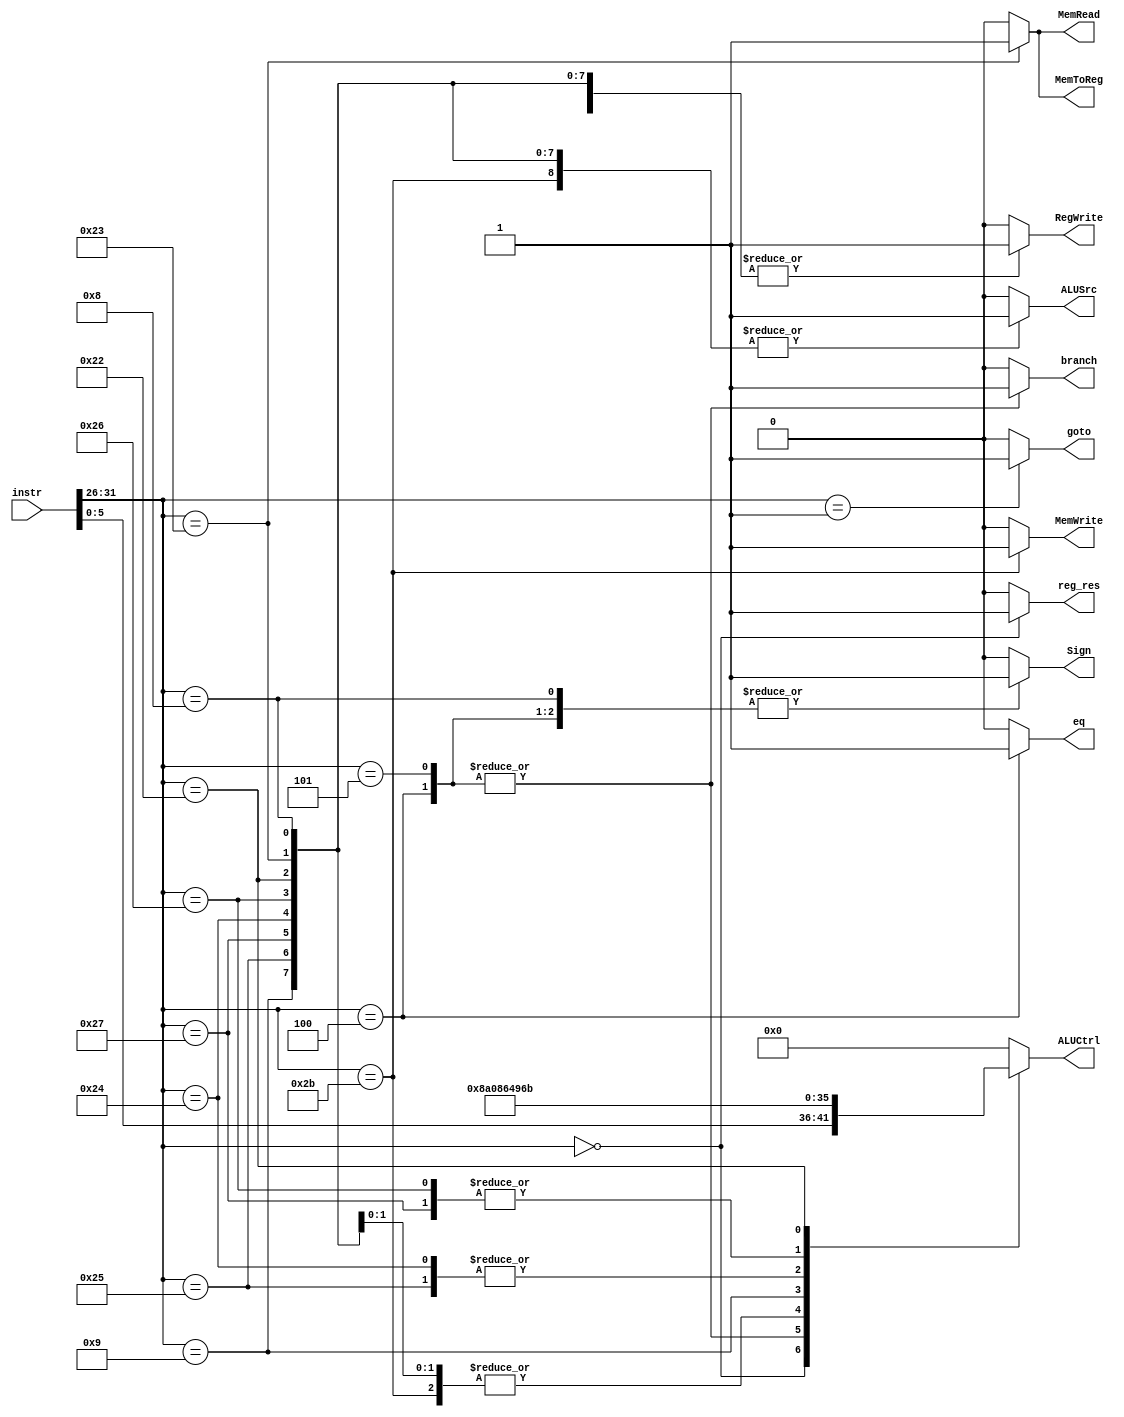
`timescale 1ns/1ns
module mips_states (instr, reg_res, ALUSrc, MemToReg, RegWrite, MemWrite, MemRead, branch, eq, goto, Sign, ALUCtrl);

input [31:0] instr;
output reg reg_res, ALUSrc, MemToReg, RegWrite, MemWrite, MemRead, branch, eq, goto, Sign;
output reg [5:0] ALUCtrl;

always @(instr) 
case (instr[31:26])
  6'b000000: // R-type
  begin
    reg_res <= 1;
    ALUSrc <= 0;
    MemToReg <= 0;
    RegWrite <= 1;
    MemRead <= 0;
    MemWrite <= 0;
    branch <= 0;
    eq <= 0;
    ALUCtrl <= instr[5:0];
    goto <= 0;
    Sign <= 0;
  end
  6'b100011:  // lw
  begin
    reg_res <= 0;
    ALUSrc <= 1;
    MemToReg <= 1;
    RegWrite <= 1;
    MemRead <= 1;
    MemWrite <= 0;
    branch <= 0;
    eq <= 0;
    ALUCtrl <= 6'b100000;
    goto <= 0;
    Sign <= 0;
  end
  6'b101011: // sw
  begin
    reg_res <= 0;
    ALUSrc <= 1;
    MemToReg <= 0;
    RegWrite <= 0;
    MemRead <= 0;
    MemWrite <= 1;
    branch <= 0;
    eq <= 0;
    ALUCtrl <= 6'b100000;
    goto <= 0;
    Sign <= 0;
  end
  6'b000100: //beq
  begin
    reg_res <= 0;
    ALUSrc <= 0;
    MemToReg <= 0;
    RegWrite <= 0;
    MemRead <= 0;
    MemWrite <= 0;
    branch <= 1;
    eq <= 1;
    ALUCtrl <= 6'b100010;
    goto <= 0;
    Sign <= 1;
  end
  6'b000101: //bne
  begin
    reg_res <= 0;
    ALUSrc <= 0;
    MemToReg <= 0;
    RegWrite <= 0;
    MemRead <= 0;
    MemWrite <= 0;
    branch <= 1;
    eq <= 0;
    ALUCtrl <= 6'b100010;
    goto <= 0;
    Sign <= 1;
  end
  6'b001000: //addi
  begin
    reg_res <= 0;
    ALUSrc <= 1;
    MemToReg <= 0;
    RegWrite <= 1;
    MemRead <= 0;
    MemWrite <= 0;
    branch <= 0;
    eq <= 0;
    ALUCtrl <= 6'b100000;
    goto <= 0;
    Sign <= 1;
  end
  6'b001001: //OP_ADDIU = 6'b001001;
  begin
    reg_res <= 0;
    ALUSrc <= 1;
    MemToReg <= 0;
    RegWrite <= 1;
    MemRead <= 0;
    MemWrite <= 0;
    branch <= 0;
    eq <= 0;
    ALUCtrl <= 6'b100001;
    goto <= 0;
    Sign <= 0;
  end
  6'b100101: //OP_ANDI = 6'b100101;
  begin
    reg_res <= 0;
    ALUSrc <= 1;
    MemToReg <= 0;
    RegWrite <= 1;
    MemRead <= 0;
    MemWrite <= 0;
    branch <= 0;
    eq <= 0;
    ALUCtrl <= 6'b100100;
    goto <= 0;
    Sign <= 1;
  end
  6'b100111: //OP_ORI = 6'b100111;
  begin
    reg_res <= 0;
    ALUSrc <= 1;
    MemToReg <= 0;
    RegWrite <= 1;
    MemRead <= 0;
    MemWrite <= 0;
    branch <= 0;
    eq <= 0;
    ALUCtrl <= 6'b100101;
    goto <= 0;
    Sign <= 1;
  end
  6'b100100: //OP_ANDIU = 6'b100100;
  begin
    reg_res <= 0;
    ALUSrc <= 1;
    MemToReg <= 0;
    RegWrite <= 1;
    MemRead <= 0;
    MemWrite <= 0;
    branch <= 0;
    eq <= 0;
    ALUCtrl <= 6'b100100;
    goto <= 0;
    Sign <= 0;
  end
  6'b100110: //OP_ORI = 6'b100110;
  begin
    reg_res <= 0;
    ALUSrc <= 1;
    MemToReg <= 0;
    RegWrite <= 1;
    MemRead <= 0;
    MemWrite <= 0;
    branch <= 0;
    eq <= 0;
    ALUCtrl <= 6'b100101;
    goto <= 0;
    Sign <= 0;
  end
  6'b100011: //OP_SLTI = 6'b100011;
  begin
    reg_res <= 0;
    ALUSrc <= 1;
    MemToReg <= 0;
    RegWrite <= 1;
    MemRead <= 0;
    MemWrite <= 0;
    branch <= 0;
    eq <= 0;
    ALUCtrl <= 6'b101010;
    goto <= 0;
    Sign <= 1;
  end
  6'b100010: //OP_SLTIU = 6'b100010;
  begin
    reg_res <= 0;
    ALUSrc <= 1;
    MemToReg <= 0;
    RegWrite <= 1;
    MemRead <= 0;
    MemWrite <= 0;
    branch <= 0;
    eq <= 0;
    ALUCtrl <= 6'b101011;
    goto <= 0;
    Sign <= 0;
  end
  6'b000001: //OP_J = 6'b000001;
  begin
    reg_res <= 0;
    ALUSrc <= 0;
    MemToReg <= 0;
    RegWrite <= 0;
    MemRead <= 0;
    MemWrite <= 0;
    branch <= 0;
    eq <= 0;
    ALUCtrl <= 6'b000000;
    goto <= 1;
    Sign <= 0;
  end
  default:
  begin
    reg_res <= 0;
    ALUSrc <= 0;
    MemToReg <= 0;
    RegWrite <= 0;
    MemRead <= 0;
    MemWrite <= 0;
    branch <= 0;
    eq <= 0;
    ALUCtrl <= 6'b000000;
    goto <= 0;
    Sign <= 0;
  end
endcase
endmodule